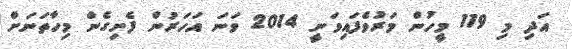
އަދި މި 119 މީހުން މަރުވެފައިވަނީ 2014 ވަނަ އަހަރުން ފެށިގެން މިހާތަނަށް